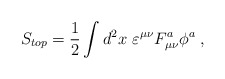
\begin{align*}S_{top}=\frac 12\int d^2x\,\,\varepsilon ^{\mu \nu }F_{\mu \nu }^a\phi ^a\;,\end{align*}